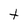
Character: t